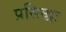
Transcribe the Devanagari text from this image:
प्रसिद्धः